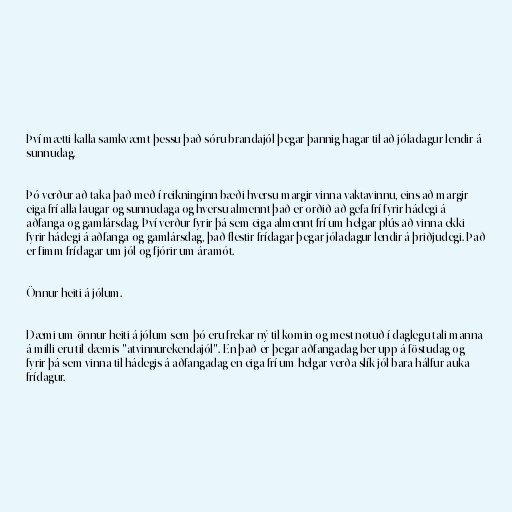
Því mætti kalla samkvæmt þessu það sóru brandajól þegar þannig hagar til að jóladagur lendir á
sunnudag.

Þó verður að taka það með í reikninginn bæði hversu margir vinna vaktavinnu, eins að margir
eiga frí alla laugar-og sunnudaga og hversu almennt það er orðið að gefa frí fyrir hádegi á
aðfanga-og gamlársdag. Því verður fyrir þá sem eiga almennt frí um helgar plús að vinna ekki
fyrir hádegi á aðfanga-og gamlársdag, það flestir frídagar þegar jóladagur lendir á þriðjudegi. Það
er fimm frídagar um jól og fjórir um áramót.

Önnur heiti á jólum.

Dæmi um önnur heiti á jólum sem þó eru frekar ný til komin og mest notuð í daglegu tali manna
á milli eru til dæmis "atvinnurekendajól". En það er þegar aðfangadag ber upp á föstudag og
fyrir þá sem vinna til hádegis á aðfangadag en eiga frí um helgar verða slík jól bara hálfur auka
frídagur.